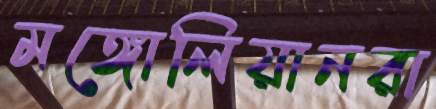
মঙ্গোলিয়ানরা